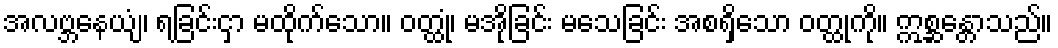
အလဗ္ဘနေယျံ၊ ရခြင်းငှာ မထိုက်သော။ ဝတ္ထုံ၊ မအိုခြင်း မသေခြင်း အစရှိသော ဝတ္ထုကို။ ဣစ္ဆန္တောသည်။